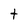
Character: t